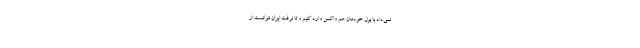
نمی‌داد با پول خودمان هم واکسن وارد کنیم و تا نرفت ایران نتوانست از